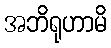
အဘိရုဟာမိ